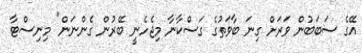
އޭގެ ސަބަބުން ވަރަށް ގިނަ ބާވަތުގެ ގަސްކާނާ މިޖެހެނީ ބޭރުން ގެންނަން" މިނިސްޓާ